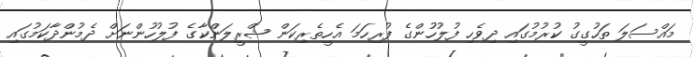
މައްސަލަ ތަހުގީގު ކުރުމުގައި ދިވެހި ފުލުހުންގެ ފުރިހަމަ އެހީތެރިކަން ޝްރީލަންކާގެ ފުލުހުންނަށް ދެމުންދާކަމުގައި